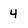
Character: 4